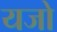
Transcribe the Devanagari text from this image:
यजो